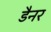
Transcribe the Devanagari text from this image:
डैनर